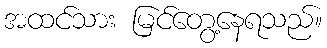
အထင်သား မြင်တွေ့နေရသည်။